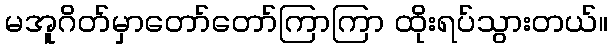
မအူဂိတ်မှာတော်တော်ကြာကြာ ထိုးရပ်သွားတယ်။